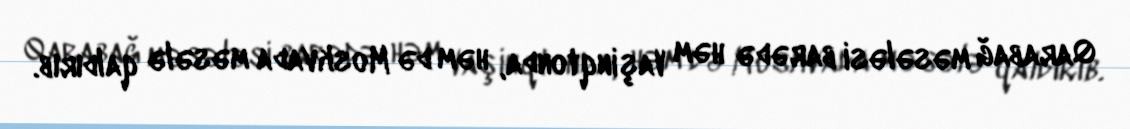
Qarabağ məsələsi barədə həm Vaşinqtonda, həm də Moskvada məsələ qaldırıb.